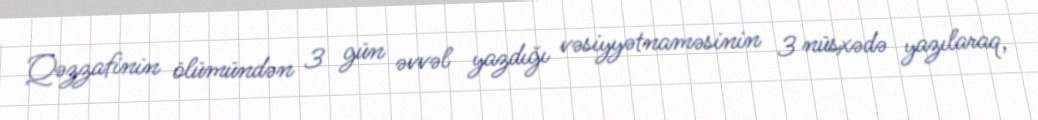
Qəzzafinin ölümündən 3 gün əvvəl yazdığı vəsiyyətnaməsinin 3 nüsxədə yazılaraq,